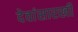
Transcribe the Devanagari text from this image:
देवांसारखी